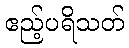
ဧည့်ပရိသတ်